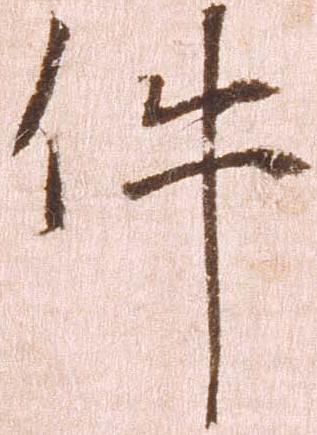
件